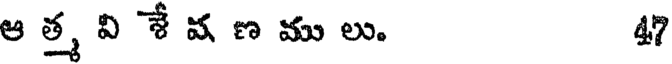
ఆ త్మ వి శే వ ణ ము లు. 47